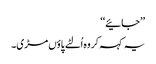
’’جائیے‘‘
یہ کہہ کر وہ اُلٹے پاؤں مڑی۔